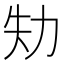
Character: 劮